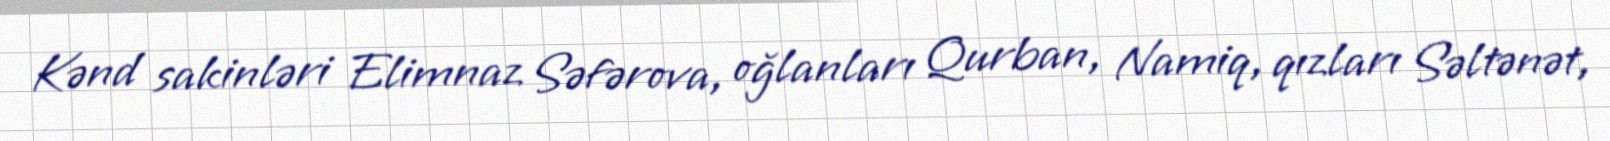
Kənd sakinləri Elimnaz Səfərova, oğlanları Qurban, Namiq, qızları Səltənət,